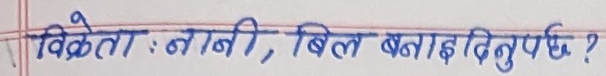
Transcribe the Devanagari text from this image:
विक्रेता : नाबी, बिल बनाइदिनुपर्छ ?